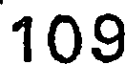
109